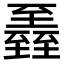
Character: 𦥏